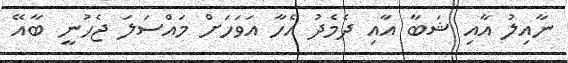
ނާއިލު އާއި ޝަބާ އާއި ދެމެދު އެހާ އަވަހަށް މައްސަލަ ޖެހުނީ ބާއޭ